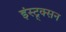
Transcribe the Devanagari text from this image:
इंस्ट्र्क्सन